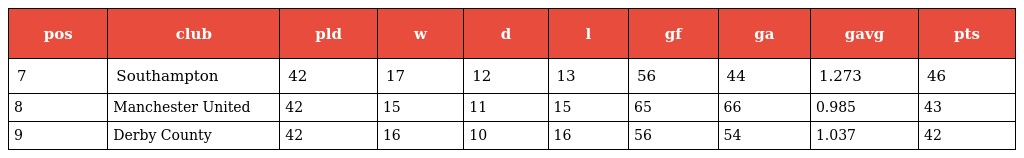
| pos | club | pld | w | d | l | gf | ga | gavg | pts |
 | --- | --- | --- | --- | --- | --- | --- | --- | --- | --- |
 | 7 | Southampton | 42 | 17 | 12 | 13 | 56 | 44 | 1.273 | 46 |
 | 8 | Manchester United | 42 | 15 | 11 | 15 | 65 | 66 | 0.985 | 43 |
 | 9 | Derby County | 42 | 16 | 10 | 16 | 56 | 54 | 1.037 | 42 |